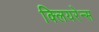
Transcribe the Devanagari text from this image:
क्लियरेन्स